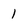
Character: 1